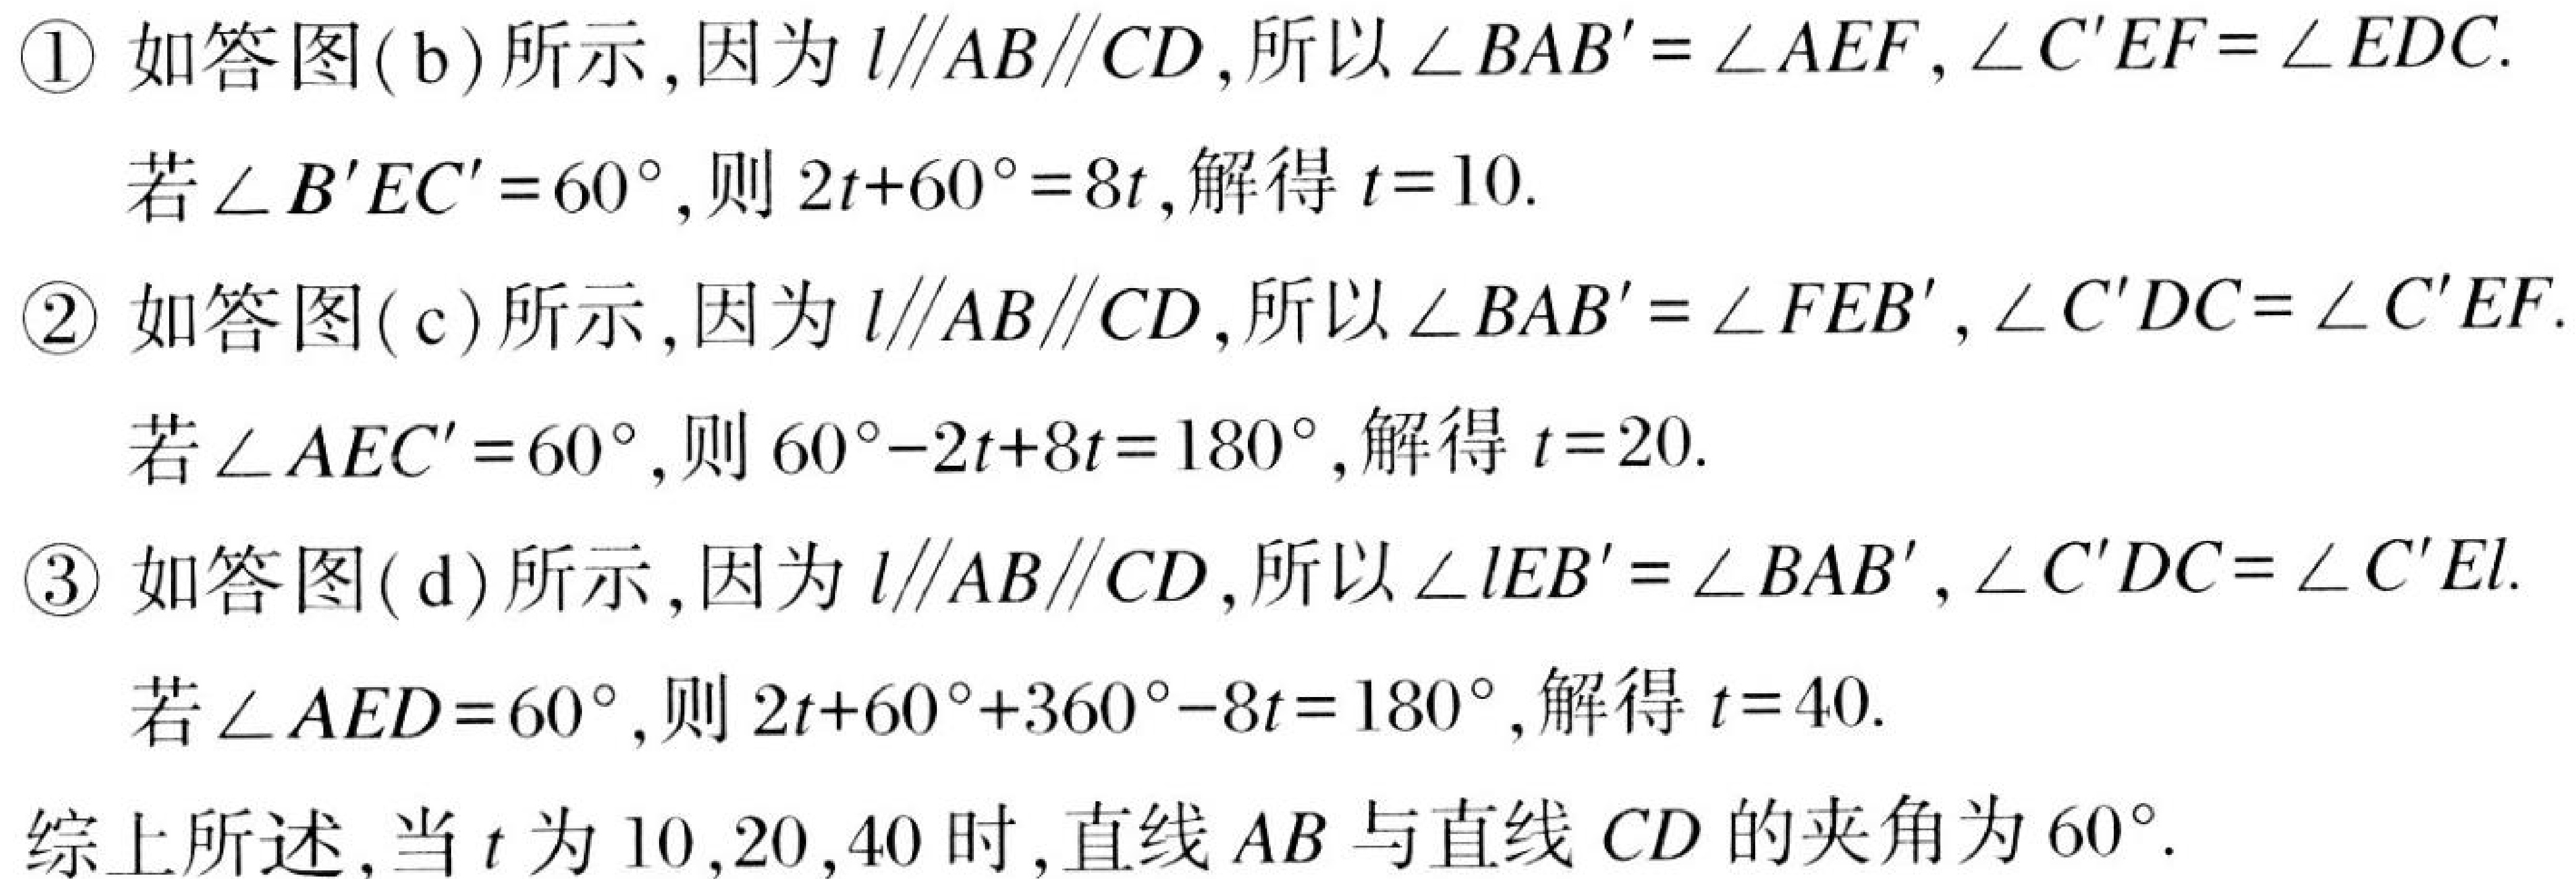
\textcircled{1} 如答图(b)所示,因为 \(l\parallel AB\parallel CD\),所以\(\angle BAB'=\angle AEF,\angle C'EF = \angle EDC\).
若\(\angle B'EC' = 60^{\circ}\),则\(2t + 60^{\circ}=8t\),解得 \(t = 10\).
\textcircled{2} 如答图(c)所示,因为 \(l\parallel AB\parallel CD\),所以\(\angle BAB'=\angle FEB',\angle C'DC=\angle C'EF\).
若\(\angle AEC' = 60^{\circ}\),则\(60^{\circ}-2t + 8t=180^{\circ}\),解得 \(t = 20\).
\textcircled{3} 如答图(d)所示,因为 \(l\parallel AB\parallel CD\),所以\(\angle lEB'=\angle BAB',\angle C'DC=\angle C'El\).
若\(\angle AED = 60^{\circ}\),则\(2t + 60^{\circ}+360^{\circ}-8t=180^{\circ}\),解得 \(t = 40\).
综上所述,当\(t\)为\(10,20,40\)时,直线\(AB\)与直线\(CD\)的夹角为\(60^{\circ}\).